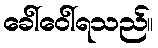
ခေါ်ဝေါ်ရသည်။